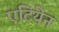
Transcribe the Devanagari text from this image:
एटियेन